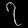
Digit: ၇